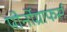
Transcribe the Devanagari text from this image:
पोर्नोग्राफर्स